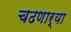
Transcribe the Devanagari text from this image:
चढणार्‍या